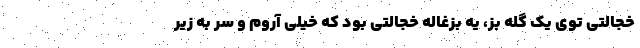
خجالتی توی یک گله بز، یه بزغاله خجالتی بود که خیلی آروم و سر به زیر